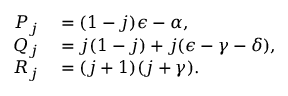
\begin{array} { r l } { P _ { j } } & { { } = ( 1 - j ) \epsilon - \alpha , } \\ { Q _ { j } } & { { } = j ( 1 - j ) + j ( \epsilon - \gamma - \delta ) , } \\ { R _ { j } } & { { } = ( j + 1 ) ( j + \gamma ) . } \end{array}